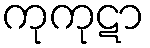
ကုကုဋာ